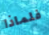
فلماذا